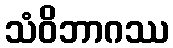
သံဝိဘာဂဿ